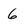
Character: 6